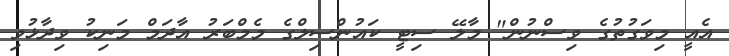
އެއީ މިވަގުތުގެ ވިސްނުން" މާލޭ ސިޓީ ކައުންސިލްގެ މެމްބަރު އާދަމް މަނިކު ވިދާޅުވި